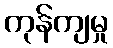
ကုန်ကျမှု